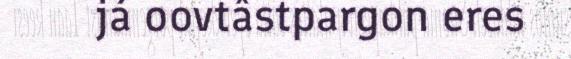
já oovtâstpargon eres